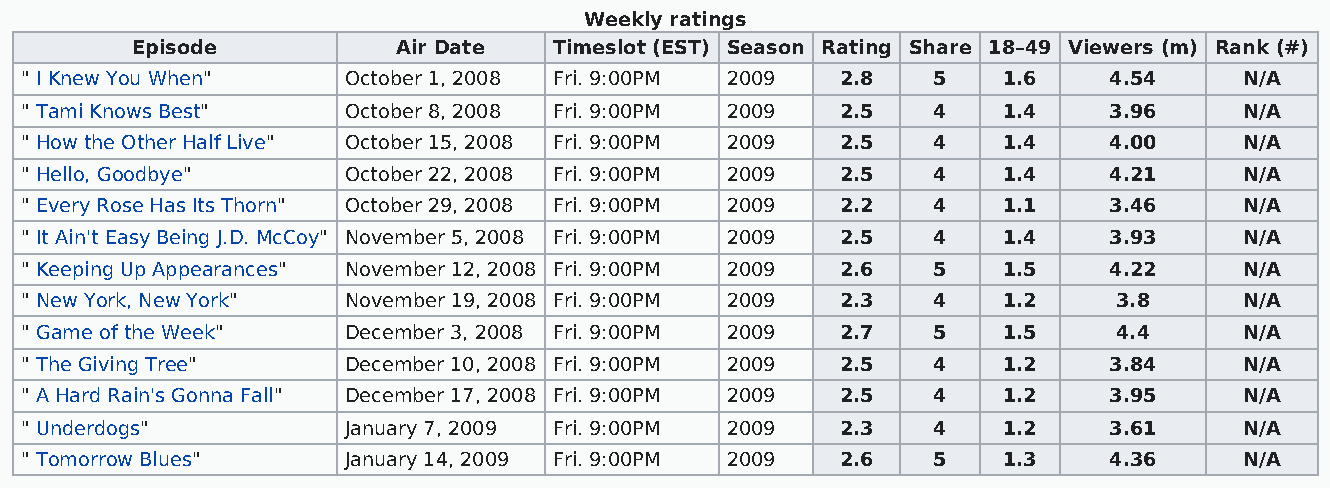
Weekly ratings
 Episode          Air Date   Timeslot (EST) Season Rating Share 18–49 Viewers (m) Rank (#)
 " I Knew You When"    October 1, 2008 Fri. 9:00PM 2009 2.8   5   1.6    4.54     N/A
 " Tami Knows Best"    October 8, 2008 Fri. 9:00PM 2009 2.5   4   1.4    3.96     N/A
 " How the Other Half Live" October 15, 2008 Fri. 9:00PM 2009 2.5 4 1.4  4.00     N/A
 " Hello, Goodbye"     October 22, 2008 Fri. 9:00PM 2009 2.5  4   1.4    4.21     N/A
 " Every Rose Has Its Thorn" October 29, 2008 Fri. 9:00PM 2009 2.2 4 1.1 3.46     N/A
 " It Ain't Easy Being J.D. McCoy" November 5, 2008 Fri. 9:00PM 2009 2.5 4 1.4 3.93 N/A
 " Keeping Up Appearances" November 12, 2008 Fri. 9:00PM 2009 2.6 5 1.5  4.22     N/A
 " New York, New York" November 19, 2008 Fri. 9:00PM 2009 2.3 4   1.2     3.8     N/A
 " Game of the Week"   December 3, 2008 Fri. 9:00PM 2009 2.7  5   1.5     4.4     N/A
 " The Giving Tree"    December 10, 2008 Fri. 9:00PM 2009 2.5 4   1.2    3.84     N/A
 " A Hard Rain's Gonna Fall" December 17, 2008 Fri. 9:00PM 2009 2.5 4 1.2 3.95    N/A
 " Underdogs"          January 7, 2009 Fri. 9:00PM 2009 2.3   4   1.2    3.61     N/A
 " Tomorrow Blues"     January 14, 2009 Fri. 9:00PM 2009 2.6  5   1.3    4.36     N/A